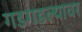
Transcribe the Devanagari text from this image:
गडगडल्यावर